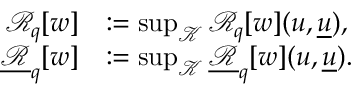
\begin{array} { r l } { \mathcal { R } _ { q } [ w ] } & { : = \operatorname* { s u p } _ { \mathcal { K } } \mathcal { R } _ { q } [ w ] ( u , { \underline { { u } } } ) , } \\ { \underline { { \mathcal { R } } } _ { q } [ w ] } & { : = \operatorname* { s u p } _ { \mathcal { K } } \underline { { \mathcal { R } } } _ { q } [ w ] ( u , { \underline { { u } } } ) . } \end{array}